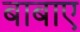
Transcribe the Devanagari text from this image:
बाबाए